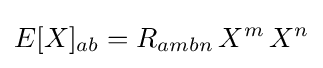
E[X]_{ab}=R_{ambn}\,X^{m}\,X^{n}